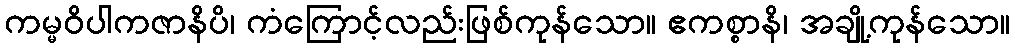
ကမ္မဝိပါကဇာနိပိ၊ ကံကြောင့်လည်းဖြစ်ကုန်သော။ ဧကစ္စာနိ၊ အချို့ကုန်သော။